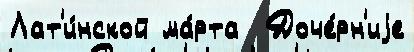
Лат'и́нской ма́рта  Доче́рн'иjе